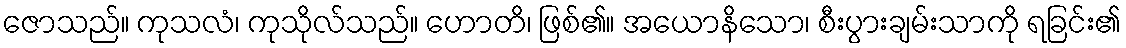
ဇောသည်။ ကုသလံ၊ ကုသိုလ်သည်။ ဟောတိ၊ ဖြစ်၏။ အယောနိသော၊ စီးပွားချမ်းသာကို ရခြင်း၏